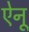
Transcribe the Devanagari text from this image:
ऐनू